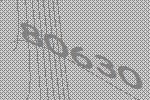
80630